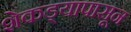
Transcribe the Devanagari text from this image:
शेकड्यापासून